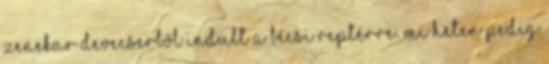
zenekar Devecserből indult a bécsi reptérre. Mi heten pedig